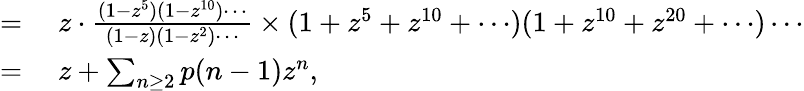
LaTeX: \begin{array}{rl}{={}}&{{}z\cdot{\frac{(1-z^{5})(1-z^{10})\cdots}{(1-z)(1-z^{2})\cdots}}\times(1+z^{5}+z^{10}+\cdots)(1+z^{10}+z^{20}+\cdots)\cdots}\\ {={}}&{{}z+\sum_{n\geq 2}p(n-1)z^{n},}\end{array}